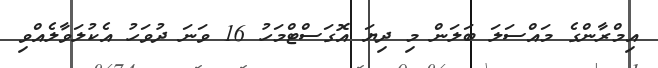
އިމްރާންގެ މައްސަލަ ބަލަން މި ދިޔަ އޮގަސްޓްމަހު 16 ވަނަ ދުވަހު އެކުލަވާލެއްވި